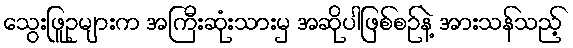
သွေးဖြူဥများက အကြီးဆုံးသားမှ အဆိုပါဖြစ်စဉ်နဲ့ အားသန်သည့်